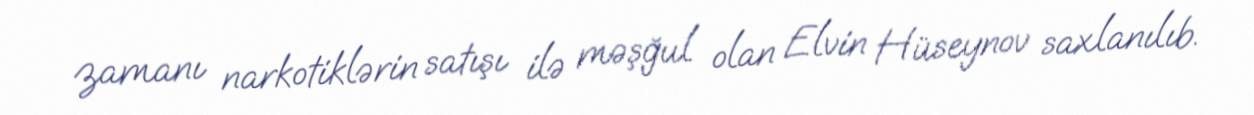
zamanı narkotiklərin satışı ilə məşğul olan Elvin Hüseynov saxlanılıb.